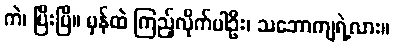
ကဲ၊ ပြီးပြီ။ မှန်ထဲ ကြည့်လိုက်ပါဦး၊ သဘောကျရဲ့လား။